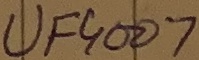
Text: UF4007